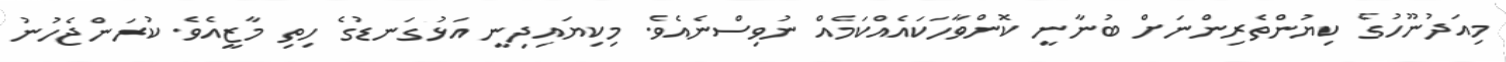
މިއަދުނޫހުގެ ކިޔުންތެރިންނަށް ބުނާނީ ކޮންވާހަކައެއްކަމެއް ނުވިސްނެއެވެ. މިކިޔައިދިނީ އަޅުގަނޑުގެ ހިތި މާޒީއެވެ. ކުރަންޖެހުނު